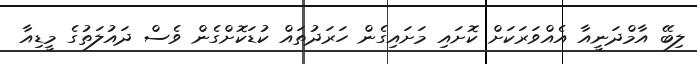
ލިބޭ އާމްދަނީއާ އެއްވަރަކަށް ކޮށައި މަށައިގެން ހަރަދުތައް ކުޑަކޮށްގެން ވެސް ދައުލަތުގެ މީޑިއާ